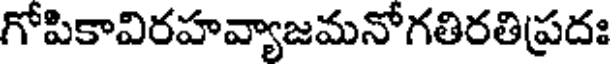
గోపికావిరహవ్యాజమనోగతిరతిప్రదః